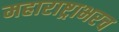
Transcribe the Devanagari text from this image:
महाराष्ट्राभरच